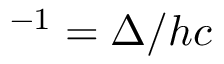
^ { - 1 } = \Delta / h c